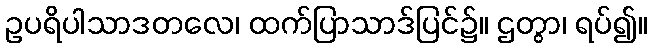
ဥပရိပါသာဒတလေ၊ ထက်ပြာသာဒ်ပြင်၌။ ဌတွာ၊ ရပ်၍။